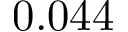
0 . 0 4 4